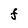
Character: F